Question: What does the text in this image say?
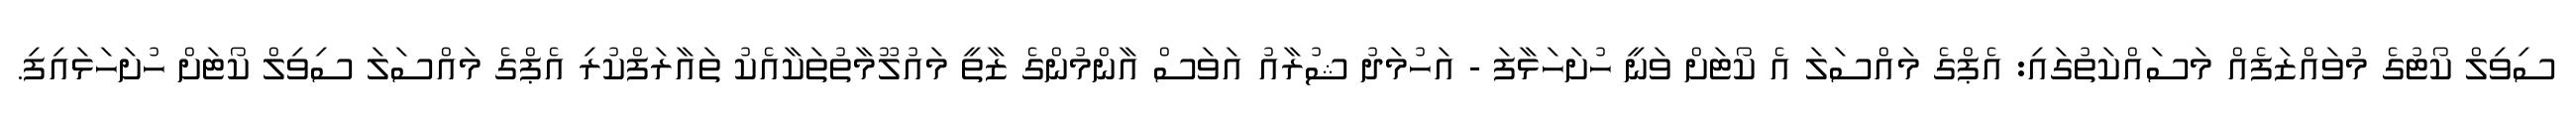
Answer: ސިވިލް ކޯޓުގެ މުވައްޒަފެއް މަސައްކަތުގައި: އެޕްގެ މައްސަލަ އެ ކޯޓަށް ވަނީ ހުށަހަޅާފަ - އަހުމަދު ޝުރާއު އަވަސް އާންމުންގެ ޒާތީ މައުލޫމާތުތަކާއެކު ތައާރަފްކުރި އެޕްގެ މައްސަލަ ސިވިލް ކޯޓަށް ހުށަހަޅައިފި.